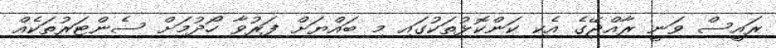
ރައީސް ވަނީ ރާއްޖޭގެ އެކި ކަންކޮޅުތަކުގައި މި ބައްޔަށް ފަރުވާ ހޯދުމަށް ސެންޓަރުތަކެއް